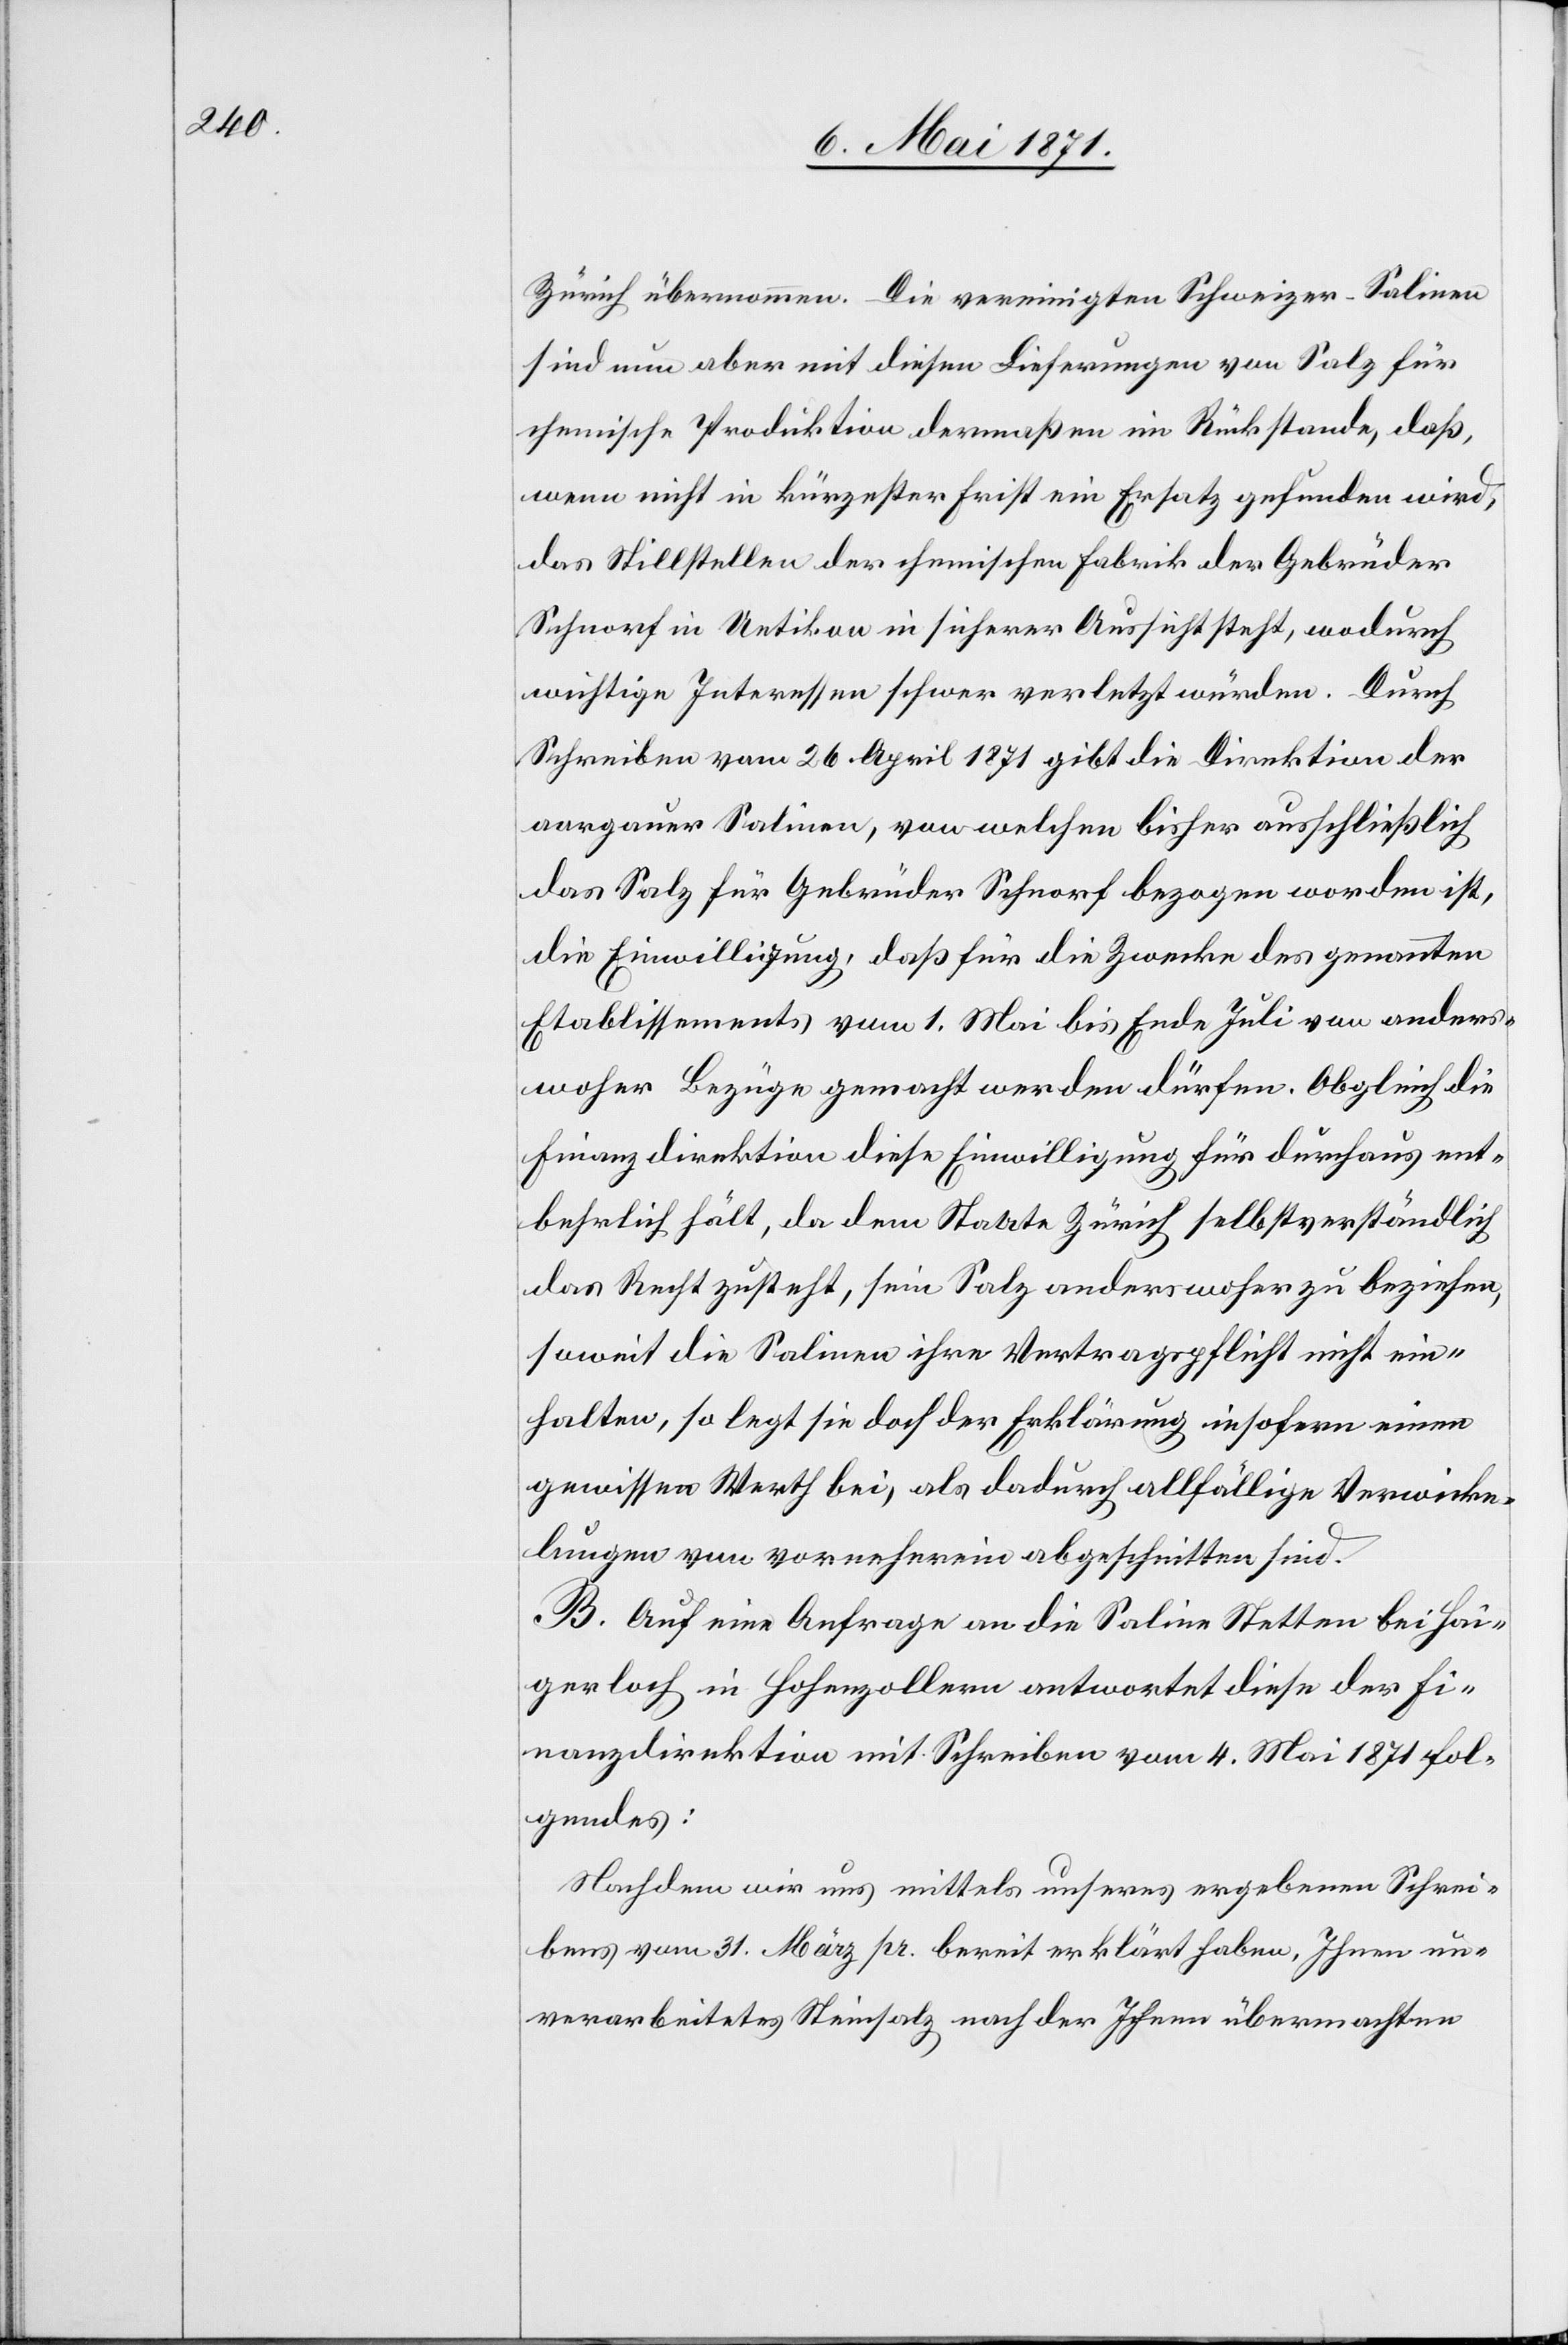
Zürich übernommen. Die vereinigten Schweizer-Salinen
sind nun aber mit diesen Lieferungen von Salz für
chemische Produktion dermaßen im Rückstande, daß,
wenn nicht in kürzester Frist ein Ersatz gefunden wird,
das Stillstellen der chemischen Fabrik der Gebrüder
Schnorf in Uetikon in sicherer Aussicht steht, wodurch
wichtige Interessen schwer verletzt würden. Durch
Schreiben vom 26. April 1871 gibt die Direktion der
aargauischen Salinen, von welchen bisher ausschließlich
das Salz für Gebrüder Schnorf bezogen worden ist,
die Einwilligung, daß für die Zwecke des genannten
Etablissements vom 1. Mai bis Ende Juli von anders¬
woher Bezüge gemacht werden dürfen. Obgleich die
Finanzdirektion diese Einwilligung für durchaus ent¬
behrlich hält, da dem Staate Zürich selbstverständlich
das Recht zusteht, sein Salz anderswoher zu beziehen,
soweit die Salinen ihre Vertragspflicht nicht ein¬
halten, so legt sie doch der Erklärung insofern einen
gewissen Werth bei, als dadurch allfällige Verwicke¬
lungen von vorneherein abgeschnitten sind.
B. Auf eine Anfrage an die Saline Stetten bei Hai¬
gerloch in Hohenzollern antwortet diese der Fi¬
nanzdirektion mit Schreiben vom 4. Mai 1871 Fol¬
gendes:
Nachdem wir uns mittels unseres ergebenen Schrei¬
bens vom 31. März pr. bereit erklärt haben, Ihnen un¬
verarbeitetes Steinsalz nach der Ihnen übermachten